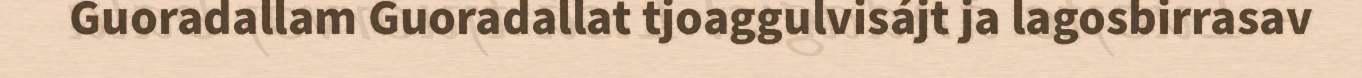
Guoradallam Guoradallat tjoaggulvisájt ja lagosbirrasav